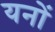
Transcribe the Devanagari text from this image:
यनों